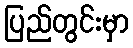
ပြည်တွင်းမှာ